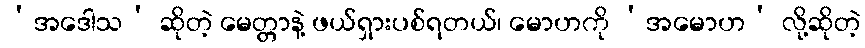
‘အဒေါသ’ ဆိုတဲ့ မေတ္တာနဲ့ ဖယ်ရှားပစ်ရတယ်၊ မောဟကို ‘အမောဟ’ လို့ဆိုတဲ့